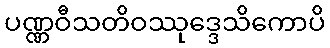
ပဏ္ဏဝီသတိဝဿုဒ္ဒေသိကောပိ